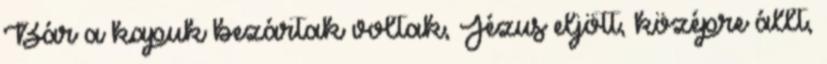
Bár a kapuk bezártak voltak, Jézus eljött, középre állt,